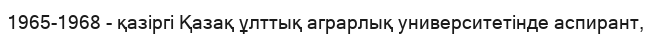
1965-1968 - қазіргі Қазақ ұлттық аграрлық университетінде аспирант,